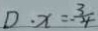
D \cdot x = . \frac { 3 } { 4 }